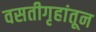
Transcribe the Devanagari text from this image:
वसतीगृहांतून